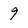
Character: 9